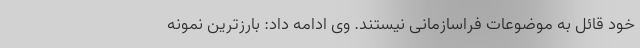
خود قائل به موضوعات فراسازمانی نیستند. وی ادامه داد: بارزترین نمونه